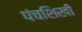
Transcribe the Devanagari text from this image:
पंचशिखी